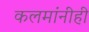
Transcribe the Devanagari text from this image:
कलमांनीही